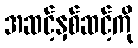
အဆင့်နှစ်ဆင့်ကို